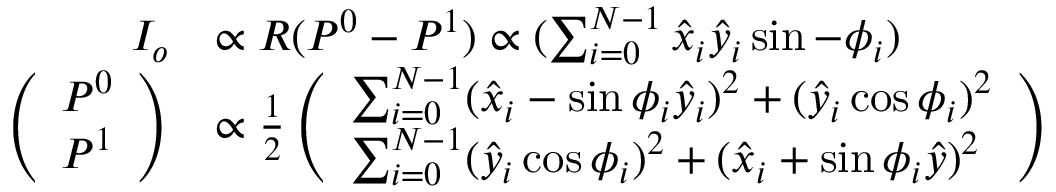
\begin{array} { r l } { I _ { o } } & { \propto R ( P ^ { 0 } - P ^ { 1 } ) \propto ( \sum _ { i = 0 } ^ { N - 1 } \hat { x } _ { i } \hat { y } _ { i } \sin - \phi _ { i } ) } \\ { \left( \begin{array} { l } { P ^ { 0 } } \\ { P ^ { 1 } } \end{array} \right) } & { \propto \frac { 1 } { 2 } \left( \begin{array} { l } { \sum _ { i = 0 } ^ { N - 1 } ( \hat { x } _ { i } - \sin \phi _ { i } \hat { y } _ { i } ) ^ { 2 } + ( \hat { y } _ { i } \cos \phi _ { i } ) ^ { 2 } } \\ { \sum _ { i = 0 } ^ { N - 1 } ( \hat { y } _ { i } \cos \phi _ { i } ) ^ { 2 } + ( \hat { x } _ { i } + \sin \phi _ { i } \hat { y } ) ^ { 2 } } \end{array} \right) } \end{array}